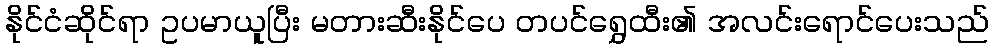
နိုင်ငံဆိုင်ရာ ဥပမာယူပြီး မတားဆီးနိုင်ပေ တပင်ရွှေထီး၏ အလင်းရောင်ပေးသည်